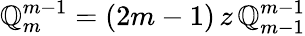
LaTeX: \mathbb{Q}_{m}^{m-1}=(2m-1)\, z\, \mathbb{Q}_{m-1}^{m-1}